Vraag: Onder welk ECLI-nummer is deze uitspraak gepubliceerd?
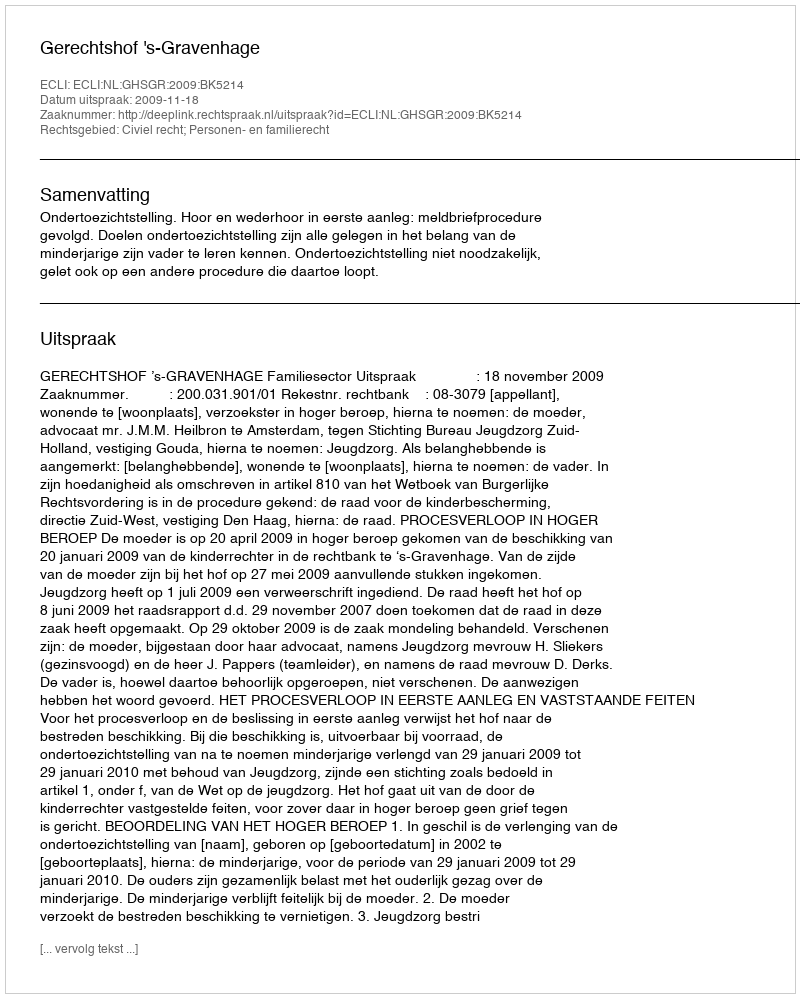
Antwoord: ECLI:NL:GHSGR:2009:BK5214